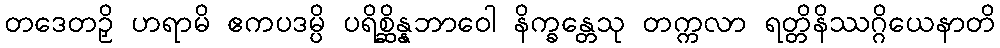
တဒေတဉှိ ဟရာမိ ဧကပဒမ္ပိ ပရိစ္ဆိန္နဘာဝေါ နိက္ခန္တေသု တက္ကလာ ရတ္တိနိဿဂ္ဂိယေနာတိ